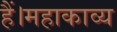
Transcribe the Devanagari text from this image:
हैं।महाकाव्य